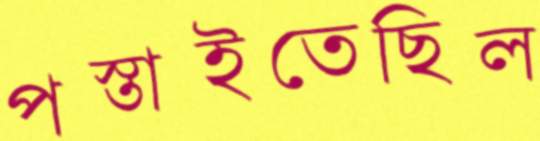
পস্তাইতেছিল